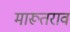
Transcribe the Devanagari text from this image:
मारूतराव